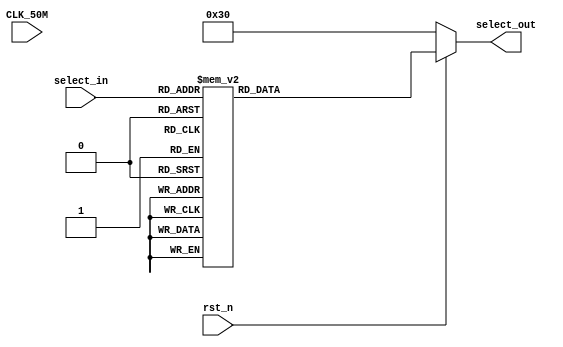
module select(
	CLK_50M,
	rst_n,
	select_in,
	select_out
);

input CLK_50M;
input rst_n;
input [3:0]select_in;
output [7:0]select_out;

reg [7:0]select_out;
parameter 	LCD_0 = 8'b00110000;
parameter	LCD_1 = 8'b00110001;
parameter	LCD_2 = 8'b00110010;
parameter	LCD_3 = 8'b00110011;
parameter	LCD_4 = 8'b00110100;
parameter	LCD_5 = 8'b00110101;
parameter	LCD_6 = 8'b00110110;
parameter	LCD_7 = 8'b00110111;
parameter	LCD_8 = 8'b00111000;
parameter	LCD_9 = 8'b00111001;
parameter	LCD_E = 8'b01000101;
always@(*)
begin
	if(!rst_n)
		select_out<=8'b00110000;
	else
	begin
		case(select_in)
			0: select_out<=8'b00110000;
			1: select_out<=8'b00110001;
			2: select_out<=8'b00110010;
			3: select_out<=8'b00110011;
			4: select_out<=8'b00110100;
			5: select_out<=8'b00110101;
			6: select_out<=8'b00110110;
			7: select_out<=8'b00110111;
			8: select_out<=8'b00111000;
			9: select_out<=8'b00111001;
			default:select_out<=8'b01000101;
		endcase
	end
end

endmodule